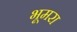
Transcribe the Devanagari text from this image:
भूमरा